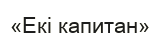
«Екі капитан»